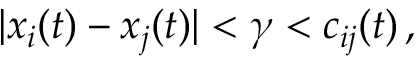
| x _ { i } ( t ) - x _ { j } ( t ) | < \gamma < c _ { i j } ( t ) \, ,